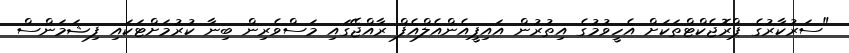
"ސަރުކާރުގެ ޕްރޮޖެކްޓްތަކަށް އެހީވުމުގެ އިތުރުން އައިޕީއެންއެލްއެފް ރާއްޖޭގައި މަސްވެރިން ބިނާ ކުރުމަށްޓަކައި ފިޝަމަންސް